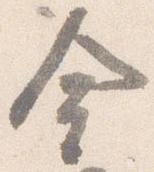
金